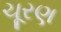
ચૂરણ